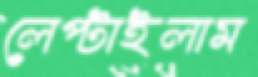
লেপ্‌টাইলাম